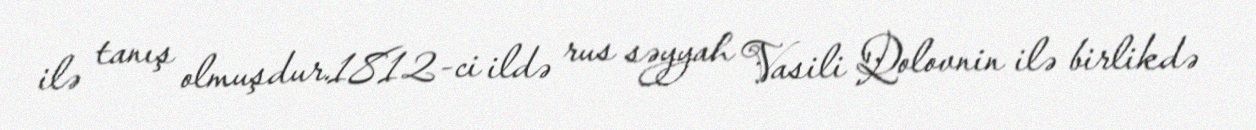
ilə tanış olmuşdur.1812-ci ildə rus səyyah Vasili Qolovnin ilə birlikdə